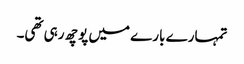
تمہارے بارے میں پوچھ رہی تھی۔